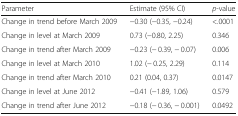
| Parameter | Estimate (95% CI) | p-value |
 | --- | --- | --- |
 | Change in trend before March 2009 | −0.30 (−0.35, −0.24) | <.0001 |
 | Change in level at March 2009 | 0.73 (−0.80, 2.25) | 0.346 |
 | Change in trend after March 2009 | −0.23 (− 0.39, − 0.07) | 0.006 |
 | Change in level at March 2010 | 1.02 (− 0.25, 2.29) | 0.114 |
 | Change in trend after March 2010 | 0.21 (0.04, 0.37) | 0.0147 |
 | Change in level at June 2012 | −0.41 (−1.89, 1.06) | 0.579 |
 | Change in trend after June 2012 | −0.18 (− 0.36, − 0.001) | 0.0492 |